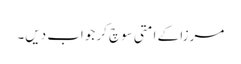
مرزا کے امتی سوچ کر جواب دیں۔